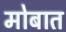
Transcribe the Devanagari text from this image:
मोबात